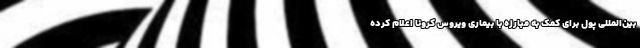
بین‌المللی پول برای کمک به مبارزه با بیماری ویروس کرونا اعلام کرده